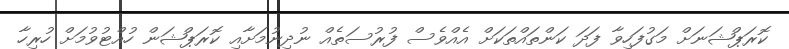
ކޮރަޕްޝަނަށް މަގުފަހިވާ ފަދަ ކަންތައްތަކަށް އެއްވެސް ފުރުސަތެއް ނުދިނުމަށާއި ކޮރަޕްޝަން ހުއްޓުވުމަށް ހުރިހާ